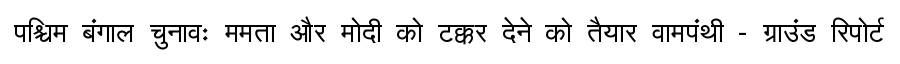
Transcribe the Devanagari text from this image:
पश्चिम बंगाल चुनावः ममता और मोदी को टक्कर देने को तैयार वामपंथी - ग्राउंड रिपोर्ट